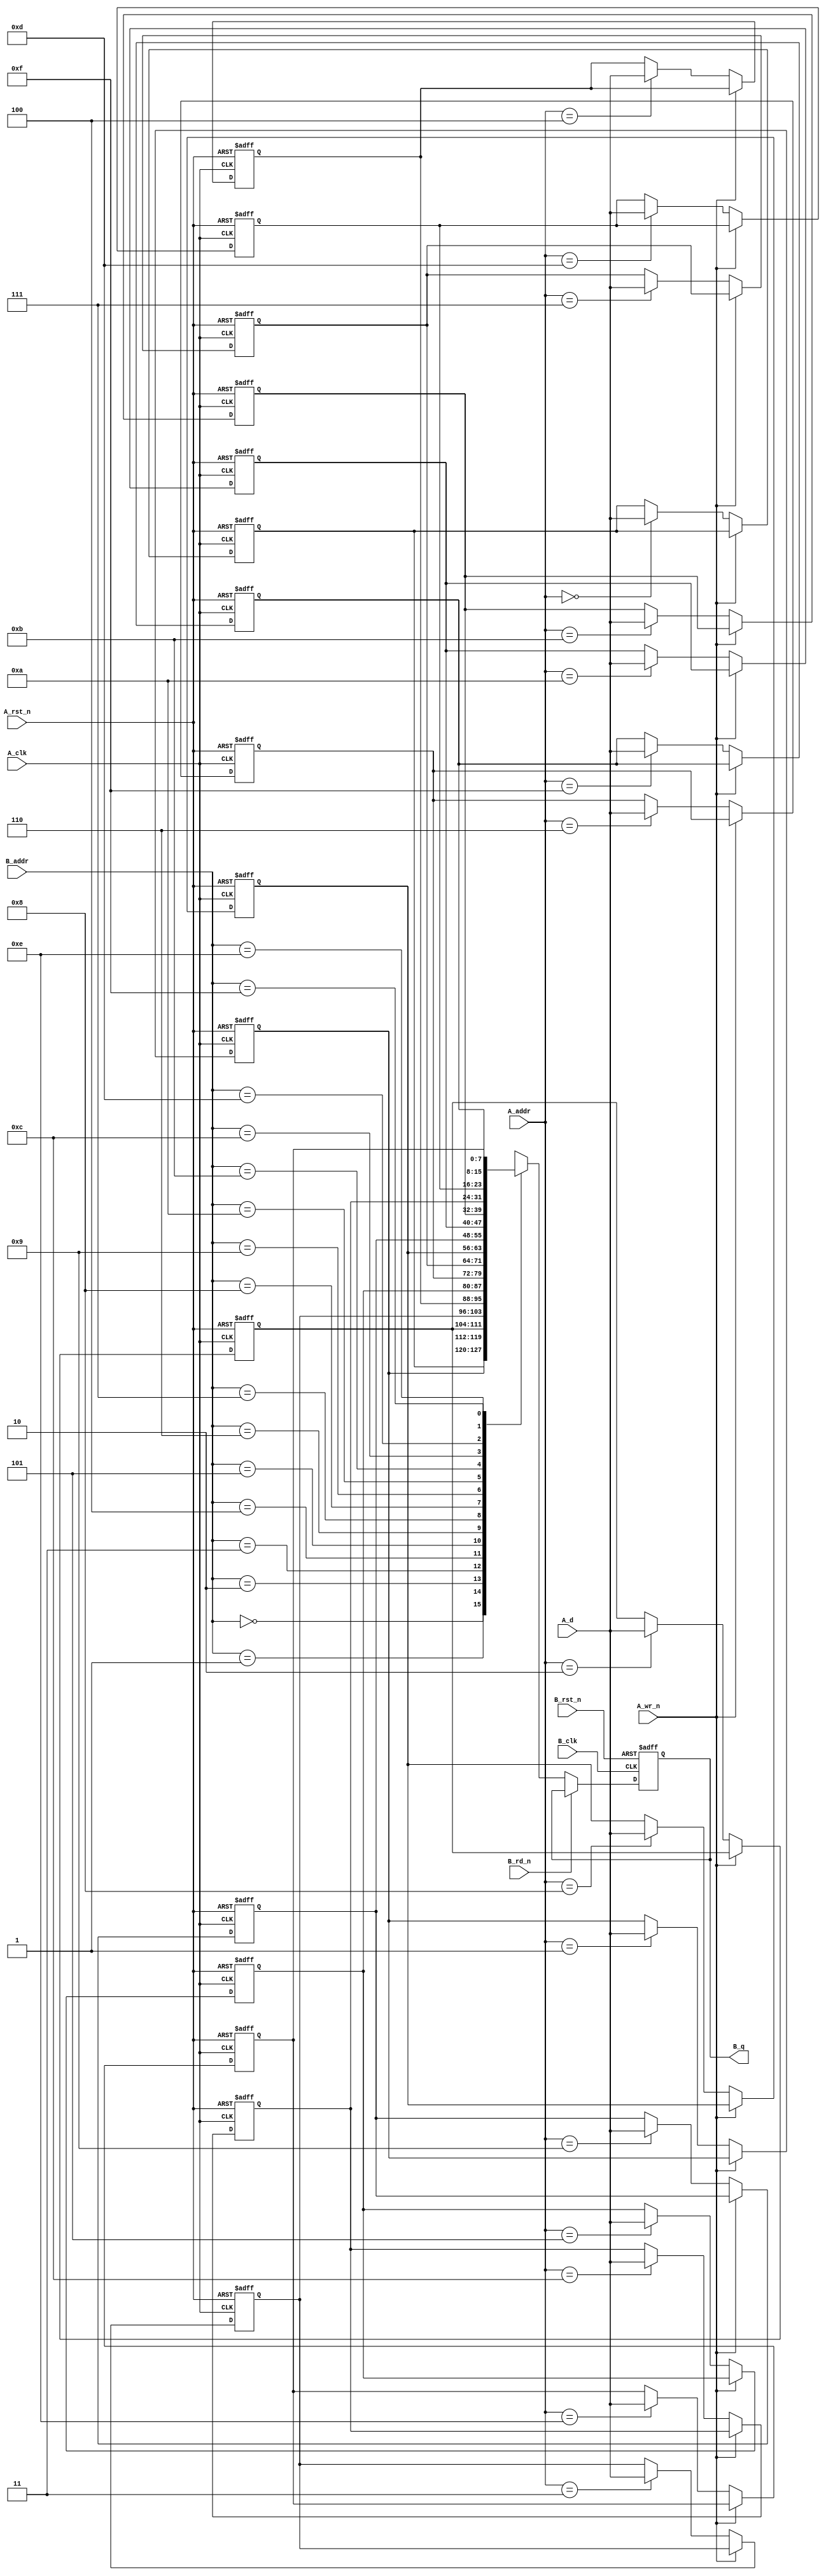
`timescale 1ns / 1ps
`ifndef DLY
   `define DLY #1
`endif
//========================================================================
//this is a synthesisable moduel, use for small memory which is not worth generated by memory complier
//wanghongyu 20121205
//========================================================================

module m7s_regram (
    A_clk,
    A_rst_n,   
    A_d,
    A_addr,
    A_wr_n,

    B_clk,
    B_rst_n,   
    B_q,
    B_addr,
    B_rd_n
);

parameter  DATASIZE = 8;                        // Memory data word width
parameter  ADDRSIZE = 4;                        // Number of memory address bits
localparam DEPTH = 1<<ADDRSIZE;         // DEPTH = 2 ^ ADDRSIZE

input                         A_clk;
input                         A_rst_n;
input [DATASIZE -1:0]         A_d;
input [ADDRSIZE - 1: 0]       A_addr;
input                         A_wr_n;

input                         B_clk;
input                         B_rst_n;
input [ADDRSIZE - 1: 0]       B_addr;
input                         B_rd_n;

output[DATASIZE -1:0]            B_q;
reg   [DATASIZE -1:0]            B_q;

//======
integer iii;
reg    [DATASIZE-1:0] mem [0:DEPTH-1];

always @(posedge A_clk or negedge A_rst_n) begin
    if(A_rst_n == 0) begin
          for(iii =0;iii<DEPTH;iii = iii + 1) begin
             mem[iii] <= `DLY 'h0;
          end
    end
    else if(!A_wr_n) begin
        mem[A_addr] <= `DLY A_d;
    end
end
always @(posedge B_clk or negedge B_rst_n) begin
    if(B_rst_n == 0) begin
        B_q          <= `DLY 'h0;
    end
    else if (!B_rd_n) begin
        B_q          <= `DLY mem[B_addr];
    end
end
endmodule